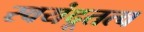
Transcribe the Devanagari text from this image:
स्वयंदूतत्व